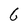
Character: 6